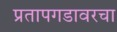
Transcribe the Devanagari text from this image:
प्रतापगडावरचा